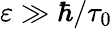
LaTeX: \varepsilon\gg\hbar/\tau_{0}